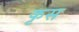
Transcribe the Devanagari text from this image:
कृस